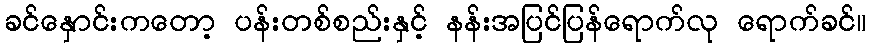
ခင်နှောင်းကတော့ ပန်းတစ်စည်းနှင့် နန်းအပြင်ပြန်ရောက်လု ရောက်ခင်။